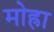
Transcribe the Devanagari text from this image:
मोह्रा